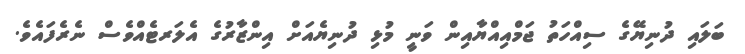
ބަލައި ދުނިޔޭގެ ސިއްހަތު ޖަމްއިއްޔާއިން ވަނީ މުޅި ދުނިޔެއަށް އިންޒާރުގެ އެލަރޓެއްވެސް ނެރެފައެވެ.